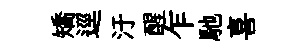
矯逕汙醒乍馳喜